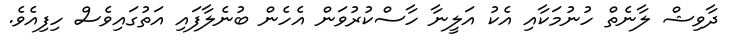
ދާވިޝް ލާނެތް ހުނުމަކާއި އެކު އަލީނާ ހާސްކުރުވަން އެހެން ބުނެލާފައި އަތުގައިވެސް ހިފިއެވެ.